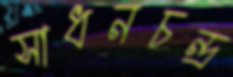
সাধনচন্দ্র